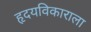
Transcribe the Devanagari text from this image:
हृदयविकाराला